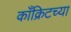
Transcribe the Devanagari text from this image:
काँक्रिटच्या